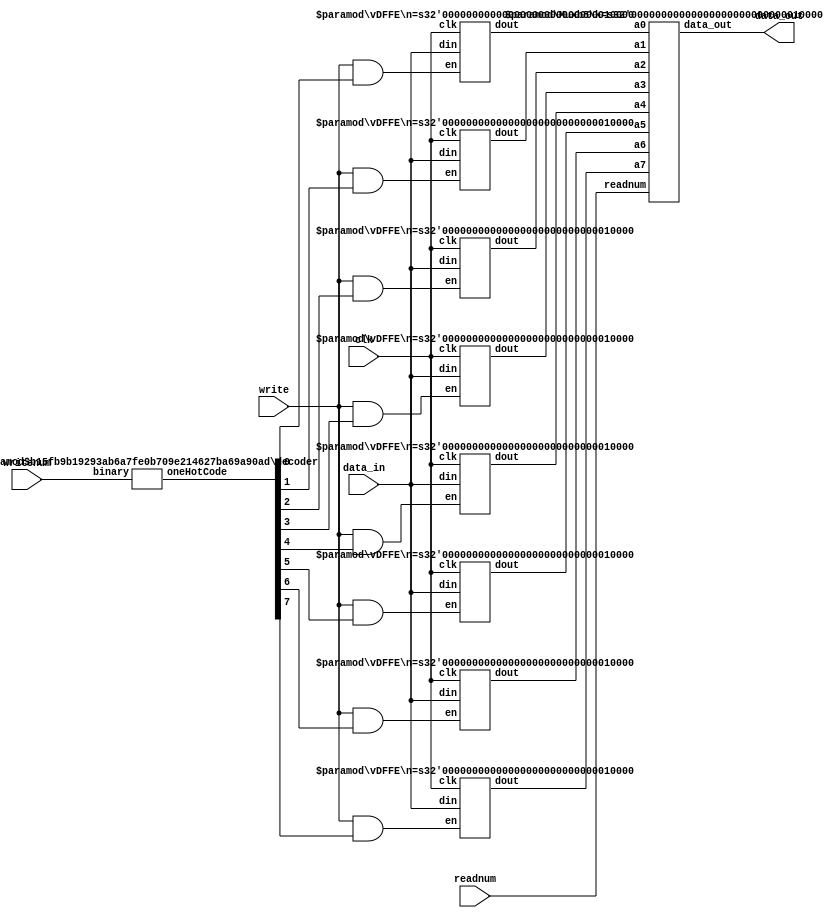
module regfile(data_in,writenum,write,readnum,clk,data_out);
  input [15:0] data_in;
  input [2:0] writenum, readnum;
  input write, clk;
  output [15:0] data_out;

  wire [7:0] oneHotWrite;
  wire [15:0] R0, R1, R2, R3, R4, R5, R6, R7;
	
  //call the decoder module
  decoder #(3,8) writeDecode(writenum, oneHotWrite);
  
  //call the registers with load enables module
  vDFFE #(16) r0(clk, (write & oneHotWrite[0]), data_in, R0);
  vDFFE #(16) r1(clk, (write & oneHotWrite[1]), data_in, R1);
  vDFFE #(16) r2(clk, (write & oneHotWrite[2]), data_in, R2);
  vDFFE #(16) r3(clk, (write & oneHotWrite[3]), data_in, R3);
  vDFFE #(16) r4(clk, (write & oneHotWrite[4]), data_in, R4);
  vDFFE #(16) r5(clk, (write & oneHotWrite[5]), data_in, R5);
  vDFFE #(16) r6(clk, (write & oneHotWrite[6]), data_in, R6);
  vDFFE #(16) r7(clk, (write & oneHotWrite[7]), data_in, R7);

  //call the multiplexer module
  Muxb8 #(16) m(R7, R6, R5, R4, R3, R2, R1, R0, readnum, data_out);


endmodule

//3 to 8 binary to one-hot decoder 
module decoder(binary, oneHotCode);
	parameter n = 3;
	parameter m = 8;

	input [n-1:0] binary;
	output [m-1:0] oneHotCode;

	assign oneHotCode = 1 << binary;

endmodule

//load enabled register 
module vDFFE(clk, en, din, dout);
	parameter n = 16;
	input clk, en;
	input [n-1:0] din;
	output [n-1:0] dout;
	reg [n-1:0] dout;
	wire [n-1:0] next_out;

	assign next_out = en ? din : dout;

	always @(posedge clk) begin
		dout = next_out;
	end

endmodule

//send multiplexer singals to onehot code
module Muxb8(a7, a6, a5, a4, a3, a2, a1, a0, readnum, data_out) ;
  
  parameter k = 1 ;
  input [k-1:0] a0, a1, a2, a3, a4, a5, a6, a7 ;  // inputs
  input [2:0]   readnum ;          // binary select
  output[k-1:0] data_out ;
  wire  [7:0]   selectOneHot;
  
  decoder #(3,8) readDecoder(readnum, selectOneHot); // Decoder converts binary to one-hot   
  Mux8_16 #(16)  m(a7, a6, a5, a4, a3, a2, a1, a0, selectOneHot, data_out) ; // multiplexer selects input 

endmodule

//implement approriate multiplexer outputs
module Mux8_16 (a7, a6, a5, a4, a3, a2, a1, a0, selectOneHot, data_out);
	parameter k = 1 ;
	input [k-1:0] a0, a1, a2, a3, a4, a5, a6, a7 ;  // inputs
  input [7:0]   selectOneHot ; // one-hot select
	output[k-1:0] data_out ;
	reg [k-1:0] data_out ;

	always @(*) begin
    	case(selectOneHot) 
      		8'b00000001: data_out = a0 ;
      		8'b00000010: data_out = a1 ;
      		8'b00000100: data_out = a2 ;
      		8'b00001000: data_out = a3 ;
      		8'b00010000: data_out = a4 ;
      		8'b00100000: data_out = a5 ;
      		8'b01000000: data_out = a6 ;
      		8'b10000000: data_out = a7 ;
    		default: data_out =  {k{1'bx}} ;
		endcase
	end


endmodule